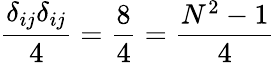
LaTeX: {\frac{\delta_{ij}\delta_{ij}}{4}}=\frac 84={\frac{N^{2}-1}{4}}